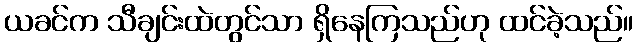
ယခင်က သီချင်းထဲတွင်သာ ရှိနေကြသည်ဟု ထင်ခဲ့သည်။